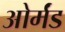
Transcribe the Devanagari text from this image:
ओर्मंड